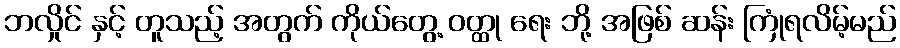
ဘလှိုင် နှင့် တူသည့် အတွက် ကိုယ်တွေ့ ဝတ္ထု ရေး ဘို့ အဖြစ် ဆန်း ကြုံရလိမ့်မည်